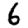
Digit: 6